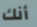
أنك